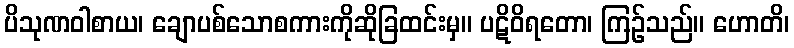
ပိသုဏဝါစာယ၊ ချောပစ်သောစကားကိုဆိုခြထင်းမှ။ ပဋိဝိရတော၊ ကြဉ်သည်။ ဟောတိ၊